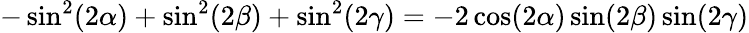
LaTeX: -\sin^{2}(2\alpha)+\sin^{2}(2\beta)+\sin^{2}(2\gamma)=-2\cos(2\alpha)\sin(2\beta)\sin(2\gamma)